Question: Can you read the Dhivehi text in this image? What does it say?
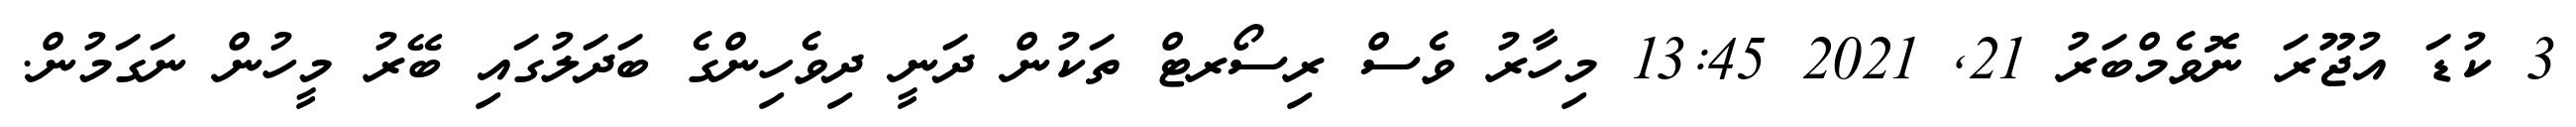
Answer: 3 ކުޑަ އުޖޫރަ ނޮވެމްބަރު 21, 2021 13:45 މިހާރު ވެސް ރިސޯރޓް ތަކުން ދަނީ ދިވެހިންގެ ބަދަލުގައި ބޭރު މީހުން ނަގަމުން.